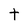
Character: t